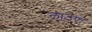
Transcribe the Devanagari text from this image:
लाउए